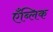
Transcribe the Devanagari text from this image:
एँब्लिक